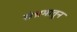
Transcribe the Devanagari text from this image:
संभ्रमातून